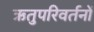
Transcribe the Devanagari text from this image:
ऋतुपरिवर्तनों